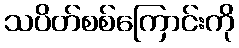
သပိတ်စစ်ကြောင်းကို